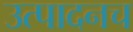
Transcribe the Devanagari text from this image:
उत्पादनच